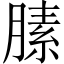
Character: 膆